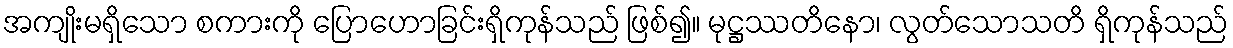
အကျိုးမရှိသော စကားကို ပြောဟောခြင်းရှိကုန်သည် ဖြစ်၍။ မုဋ္ဌဿတိနော၊ လွတ်သောသတိ ရှိကုန်သည်